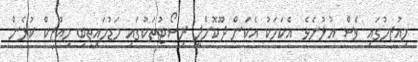
މިއުޒިމުގައި ވެސް އުޅުނެވެ. އެކަމަކު އެކަން ދޫކޮށްލީ ރިސޯޓުތަކުގައި މަޑުމައިތިބި މިއުޒިކް ކުޅެން